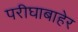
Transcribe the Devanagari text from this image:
परीघाबाहेर